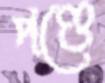
পণ্ডে